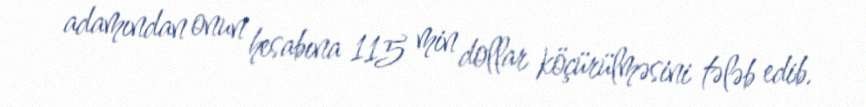
adamından onun hesabına 115 min dollar köçürülməsini tələb edib.